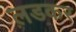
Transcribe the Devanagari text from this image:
ल़डकर